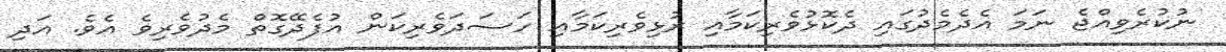
ނުކުރެވިއްޖެ ނަމަ އެދެމެދުގައި ދެކޮޅުވެރިކަމާއި ރުޅިވެރިކަމާއި ހަސަދަވެރިކަން އުފެދޭގޮތް މެދުވެރިވެ އެވެ. އަދި